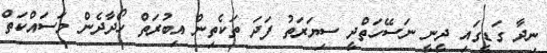
ނިދާ ގަޑީގައި ދީނީ ނަސޭހަތްދީ ސިޔަރަތު ފަދަ ތަކެތިން އިބުރަތް ހޯދާދެން މަސައްކަތް